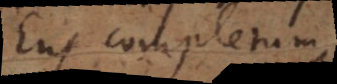
Ens completum,